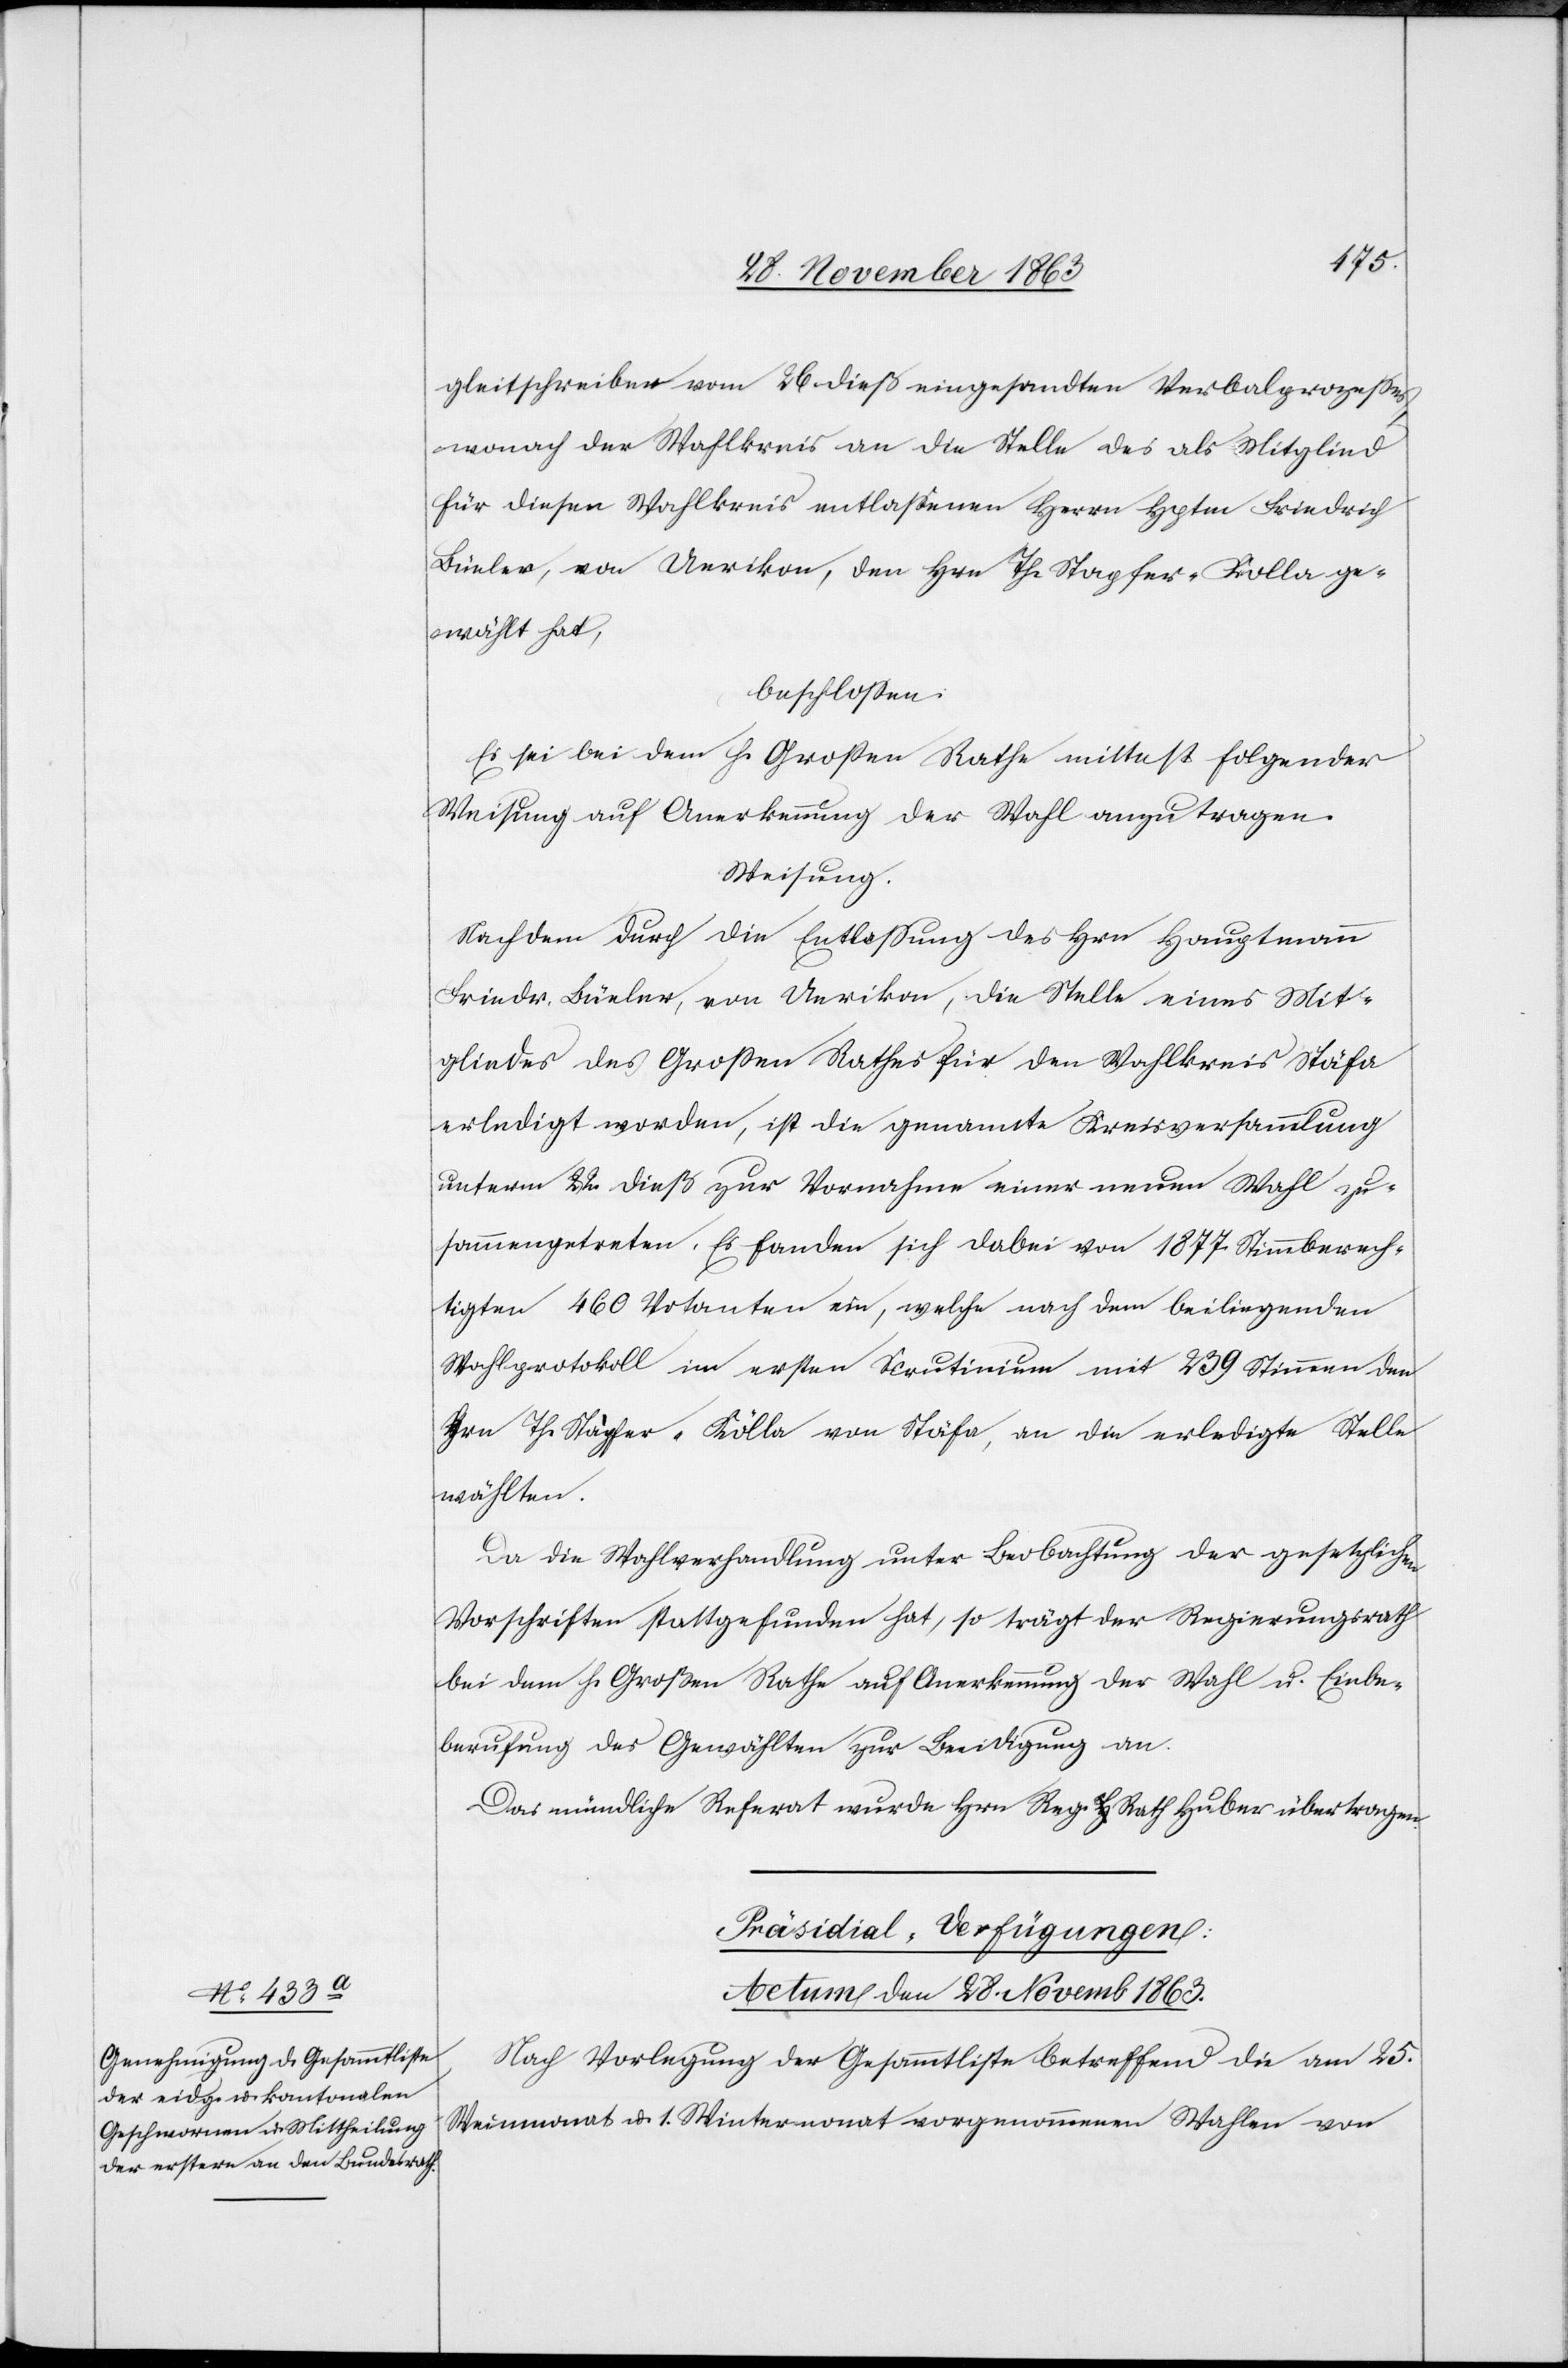
gleitschreiben vom 26. dieß eingesandten Verbalprozesses
wonach der Wahlkreis an die Stelle des als Mitglied
für diesen Wahlkreis entlassenen Herrn Hptm Friedrich
Büeler, von Uerikon, den Hrn Th. Stapfer-Kolla
gewählt hat,
beschlossen:
Es sei bei dem h. Grossen Rathe mittelst folgender
Weisung auf Anerkennung der Wahl anzutragen.
Weisung.
Nachdem durch die Entlassung des Hrn Hauptmann
Friedr. Büeler, von Uerikon, die Stelle eines Mit¬
gliedes des Grossen Rathes für den Wahlkreis Stäfa
erledigt worden, ist die genannte Kreisversammlung
unterm 22. dieß zur Vornahme einer neuen Wahl zu¬
sammengetreten. Es fanden sich dabei von 1877 Stimmberech¬
tigten 460 Votanten ein, welche nach dem beiliegenden
Wahlprotokoll im ersten Skrutinium mit 239 Stimmen den
Hrn Th. Stapfer-Kölla von Stäfa, an die erledigte Stelle
wählten.
Da die Wahlverhandlung unter Beobachtung der gesetzlichen
Vorschriften stattgefunden hat, so trägt der Regierungsrath
bei dem h. Großen Rathe auf Anerkennung der Wahl u. Einbe¬
rufung des Gewählten zur Beeidigung an.
Das mündliche Referat wurde Hrn Reg. Rath Huber übertragen.
Präsidial-Verfügungen:
Actum den 28. Novemb 1863.
Nach Vorlegung der Gesammtliste betreffend die am 25.
Weinmonat u. 1. Wintermonat vorgenommenen Wahlen von